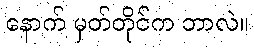
နောက် မှတ်တိုင်က ဘာလဲ။